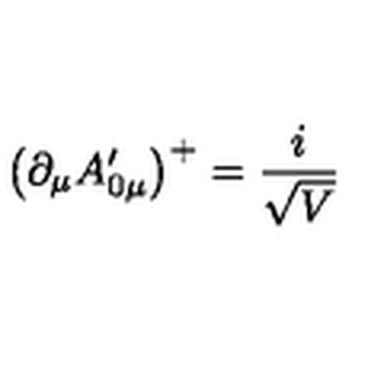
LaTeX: \left( \partial _ { \mu } A _ { 0 \mu } ^ { \prime } \right) ^ { + } = \frac { i } { \sqrt { V } }